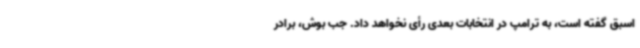
اسبق گفته است، به ترامپ در انتخابات بعدی رأی نخواهد داد. جب بوش، برادر